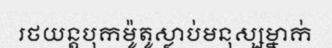
រថយន្តបុកម៉ូតូស្លាប់មនុស្សម្នាក់